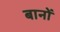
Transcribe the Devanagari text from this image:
बानों